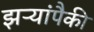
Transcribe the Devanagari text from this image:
झऱ्यांपैकी